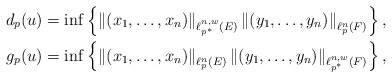
\begin{align*}d_p(u)&=\inf\left\{\left\|(x_1,\ldots,x_n)\right\|_{\ell^{n,w}_{p^*}(E)}\left\|(y_1,\ldots, y_n)\right\|_{\ell^n_p(F)}\right\}, \\g_p(u)&=\inf\left\{\left\|(x_1,\ldots,x_n)\right\|_{\ell^n_p(E)}\left\|(y_1,\ldots, y_n)\right\|_{\ell^{n,w}_{p^*}(F)}\right\},\end{align*}